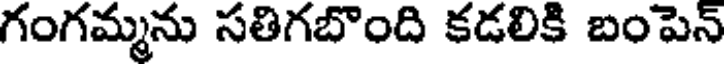
గంగమ్మను సతిగబొంది కడలికి బంపెన్